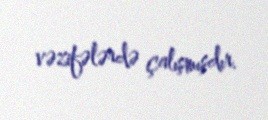
vəzifələrdə çalışmışdır.